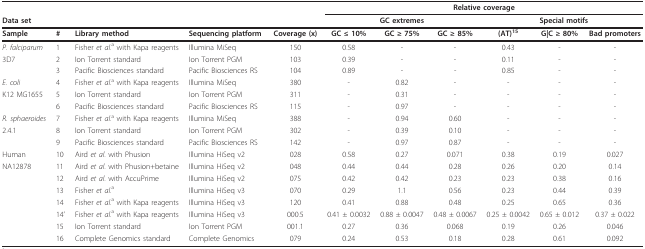
<table><thead><tr><td></td><td></td><td></td><td></td><td></td><td colspan="6"><b>Relative coverage</b></td></tr><tr><td><b>Data set</b></td><td></td><td></td><td></td><td></td><td colspan="3"><b>GC extremes</b></td><td colspan="3"><b>Special motifs</b></td></tr><tr><td><b>Sample</b></td><td><b>#</b></td><td><b>Library method</b></td><td><b>Sequencing platform</b></td><td><b>Coverage (x)</b></td><td><b>GC ≤ 10%</b></td><td><b>GC ≥ 75%</b></td><td><b>GC ≥ 85%</b></td><td><b>(AT)<sup>15</sup></b></td><td><b>G|C ≥ 80%</b></td><td><b>Bad promoters</b></td></tr></thead><tbody><tr><td><i>P. falciparum</i></td><td>1</td><td>Fisher <i>et al</i>.<sup>a</sup> with Kapa reagents</td><td>Illumina MiSeq</td><td>150</td><td>0.58</td><td>-</td><td>-</td><td>0.43</td><td>-</td><td>-</td></tr><tr><td>3D7</td><td>2</td><td>Ion Torrent standard</td><td>Ion Torrent PGM</td><td>103</td><td>0.39</td><td>-</td><td>-</td><td>0.11</td><td>-</td><td>-</td></tr><tr><td></td><td>3</td><td>Pacific Biosciences standard</td><td>Pacific Biosciences RS</td><td>104</td><td>0.89</td><td>-</td><td>-</td><td>0.85</td><td>-</td><td>-</td></tr><tr><td><i>E. coli</i></td><td>4</td><td>Fisher <i>et al</i>.<sup>a</sup> with Kapa reagents</td><td>Illumina MiSeq</td><td>380</td><td>-</td><td>0.82</td><td>-</td><td>-</td><td>-</td><td>-</td></tr><tr><td>K12 MG1655</td><td>5</td><td>Ion Torrent standard</td><td>Ion Torrent PGM</td><td>311</td><td>-</td><td>0.31</td><td>-</td><td>-</td><td>-</td><td>-</td></tr><tr><td></td><td>6</td><td>Pacific Biosciences standard</td><td>Pacific Biosciences RS</td><td>115</td><td>-</td><td>0.97</td><td>-</td><td>-</td><td>-</td><td>-</td></tr><tr><td><i>R. sphaeroides</i></td><td>7</td><td>Fisher <i>et al</i>.<sup>a</sup> with Kapa reagents</td><td>Illumina MiSeq</td><td>388</td><td>-</td><td>0.94</td><td>0.60</td><td>-</td><td>-</td><td>-</td></tr><tr><td>2.4.1</td><td>8</td><td>Ion Torrent standard</td><td>Ion Torrent PGM</td><td>302</td><td>-</td><td>0.39</td><td>0.10</td><td>-</td><td>-</td><td>-</td></tr><tr><td></td><td>9</td><td>Pacific Biosciences standard</td><td>Pacific Biosciences RS</td><td>142</td><td>-</td><td>0.97</td><td>0.87</td><td>-</td><td>-</td><td>-</td></tr><tr><td>Human</td><td>10</td><td>Aird <i>et al</i>. with Phusion</td><td>Illumina HiSeq v2</td><td>028</td><td>0.58</td><td>0.27</td><td>0.071</td><td>0.38</td><td>0.19</td><td>0.027</td></tr><tr><td>NA12878</td><td>11</td><td>Aird <i>et al</i>. with Phusion+betaine</td><td>Illumina HiSeq v2</td><td>048</td><td>0.44</td><td>0.44</td><td>0.28</td><td>0.26</td><td>0.20</td><td>0.14</td></tr><tr><td></td><td>12</td><td>Aird <i>et al</i>. with AccuPrime</td><td>Illumina HiSeq v2</td><td>075</td><td>0.42</td><td>0.42</td><td>0.23</td><td>0.23</td><td>0.38</td><td>0.16</td></tr><tr><td></td><td>13</td><td>Fisher <i>et al</i>.<sup>a</sup></td><td>Illumina HiSeq v3</td><td>070</td><td>0.29</td><td>1.1</td><td>0.56</td><td>0.23</td><td>0.44</td><td>0.39</td></tr><tr><td></td><td>14</td><td>Fisher <i>et al</i>.<sup>a</sup> with Kapa reagents</td><td>Illumina HiSeq v3</td><td>120</td><td>0.41</td><td>0.88</td><td>0.48</td><td>0.25</td><td>0.65</td><td>0.36</td></tr><tr><td></td><td>14&#x27;</td><td>Fisher <i>et al</i>.<sup>a</sup> with Kapa reagents</td><td>Illumina HiSeq v3</td><td>000.5</td><td>0.41 ± 0.0032</td><td>0.88 ± 0.0047</td><td>0.48 ± 0.0067</td><td>0.25 ± 0.0042</td><td>0.65 ± 0.012</td><td>0.37 ± 0.022</td></tr><tr><td></td><td>15</td><td>Ion Torrent standard</td><td>Ion Torrent PGM</td><td>001.1</td><td>0.27</td><td>0.36</td><td>0.068</td><td>0.19</td><td>0.26</td><td>0.046</td></tr><tr><td></td><td>16</td><td>Complete Genomics standard</td><td>Complete Genomics</td><td>079</td><td>0.24</td><td>0.53</td><td>0.18</td><td>0.28</td><td>0.61</td><td>0.092</td></tr></tbody></table>